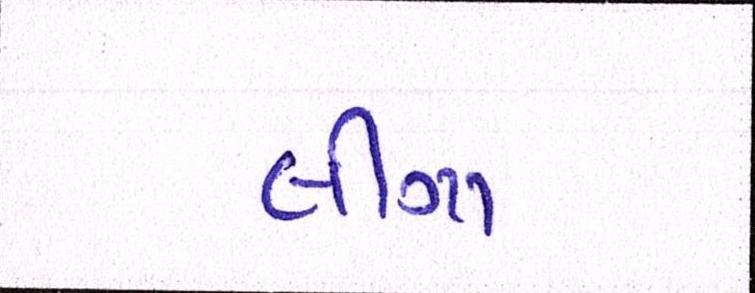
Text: લીગા